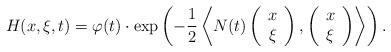
LaTeX: \begin{align*} H(x,\xi,t) &= \varphi(t)\cdot\exp\left(-\frac{1}{2}\left\langle N(t)\left(\begin{array}{c}x\\\xi\end{array}\right), \left(\begin{array}{c}x\\\xi\end{array}\right)\right\rangle\right). \end{align*}